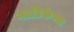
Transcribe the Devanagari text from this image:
नाटिकेच्या